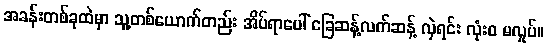
အခန်းတစ်ခုထဲမှာ သူ့တစ်ယောက်တည်း အိပ်ရာပေါ် ခြေဆန့်လက်ဆန့် လှဲရင်း လုံးဝ မလှုပ်။